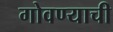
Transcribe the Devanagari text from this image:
गोवण्याची